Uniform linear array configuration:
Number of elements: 64
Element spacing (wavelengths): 0.5
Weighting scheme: hann
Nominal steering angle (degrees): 15
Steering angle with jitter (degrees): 15.215
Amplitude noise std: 0.05
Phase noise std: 0.05

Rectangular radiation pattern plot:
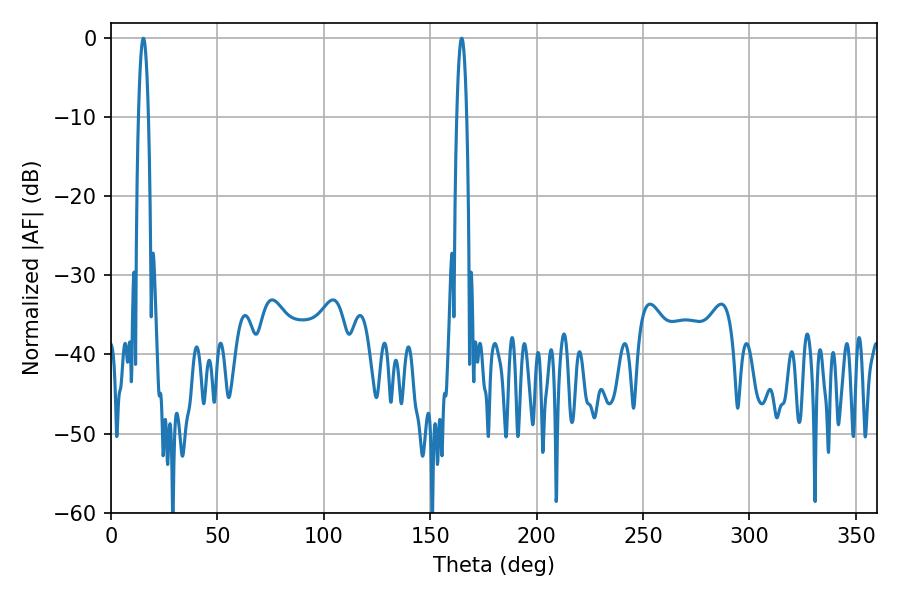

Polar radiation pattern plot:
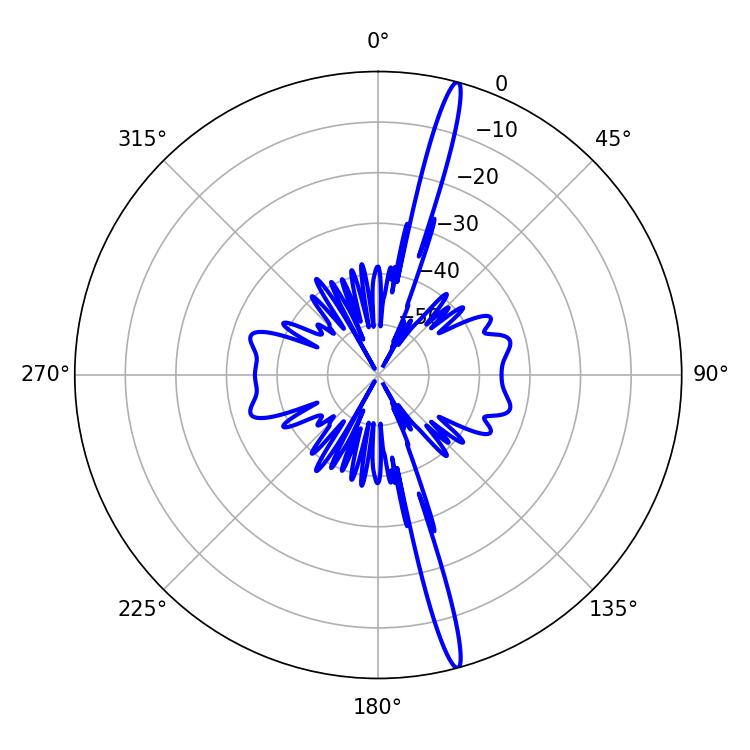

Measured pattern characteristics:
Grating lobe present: FALSE
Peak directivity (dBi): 18.875
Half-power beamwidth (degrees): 2.7
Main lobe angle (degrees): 164.88